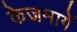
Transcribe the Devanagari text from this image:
केजमार्गे